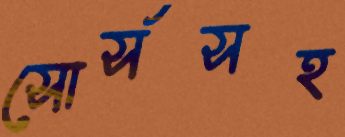
সোর্সসহ